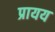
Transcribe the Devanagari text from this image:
प्रायय